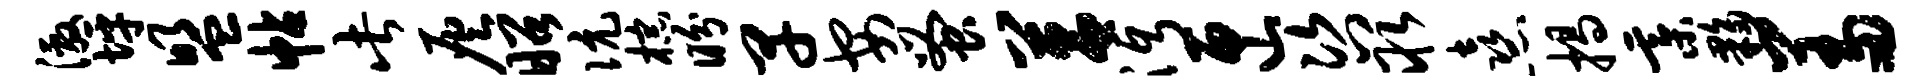
激坪盟帖此灰昭伉棕盼早安蚤莒沔匣咨取熹揭綦夥羞